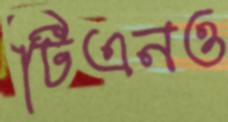
টিএনও